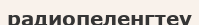
радиопеленгтеу